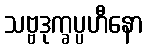
သဗ္ဗဒုက္ခပ္ပဟီနော